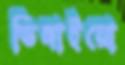
ডিঙ্গাইয়ো